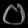
Digit: ၀